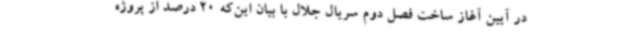
در آیین آغاز ساخت فصل دوم سریال جلال با بیان این‌که 20 درصد از پروژه